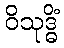
ဝိသုဒ္ဓိံ